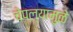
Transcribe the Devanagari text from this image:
चेपल्यामुळे